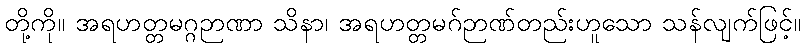
တို့ကို။ အရဟတ္တမဂ္ဂဉာဏာ သိနာ၊ အရဟတ္တမဂ်ဉာဏ်တည်းဟူသော သန်လျက်ဖြင့်။